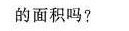
的面积吗?